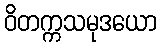
ဝိတက္ကသမုဒယော